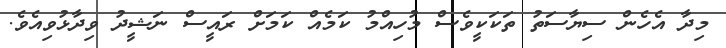
މިދާ އެހެން ސިޔާސަތު ތަކަކީވެސް މުހިއްމު ކަމެއް ކަމަށް ރައީސް ނަޝީދު ވިދާޅުވިއެވެ.